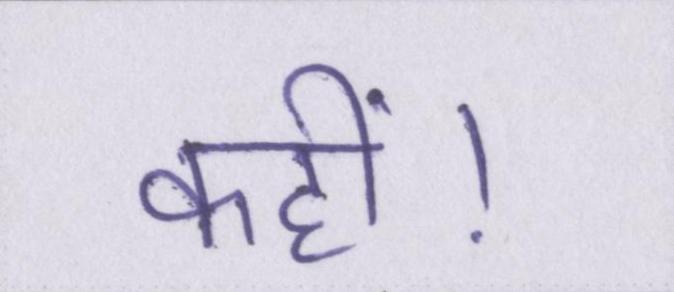
कहीं।